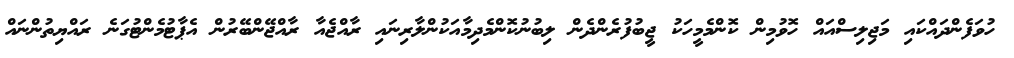
ހުވަފެންދައްކައި މަޖިލިސްއައް ހޮވުމިން ކޮންމެމީހަކު ޖީބުފުރެންދެން ލިބުނުކޮންމެދިމާއަކުންލާރިނައި ރާއްޖެއާ ރާއްޖޭންބޭރުން އެޕާޓުމެންޓުގަނެ ރައްޔިތުންނައް